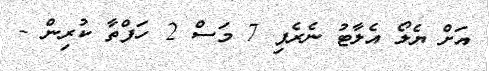
އަށް ޔެލޯ އެލާޓު ނެރެފި 7 މަސް 2 ހަފްތާ ކުރިން -